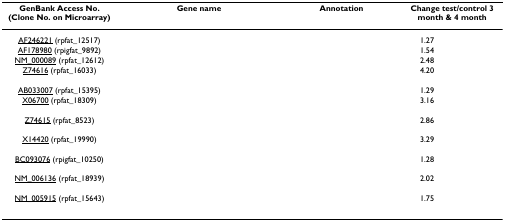
<table><thead><tr><td><b>GenBank Access No. (Clone No. on Microarray)</b></td><td><b>Gene name</b></td><td><b>Annotation</b></td><td colspan="2"><b>Change test/control 3 month &amp; 4 month</b></td></tr></thead><tbody><tr><td>AF246221 (rpfat_12517)</td><td>[EMPTY_CELL]</td><td>[EMPTY_CELL]</td><td>1.27</td><td>[EMPTY_CELL]</td></tr><tr><td>AF178980 (rpigfat_9892)</td><td>[EMPTY_CELL]</td><td>[EMPTY_CELL]</td><td>1.54</td><td>[EMPTY_CELL]</td></tr><tr><td>NM_000089 (rpfat_12612)</td><td>[EMPTY_CELL]</td><td>[EMPTY_CELL]</td><td>2.48</td><td>[EMPTY_CELL]</td></tr><tr><td>Z74616 (rpfat_16033)</td><td>[EMPTY_CELL]</td><td>[EMPTY_CELL]</td><td>4.20</td><td>[EMPTY_CELL]</td></tr><tr><td>AB033007 (rpfat_15395)</td><td>[EMPTY_CELL]</td><td>[EMPTY_CELL]</td><td>1.29</td><td>[EMPTY_CELL]</td></tr><tr><td>X06700 (rpfat_18309)</td><td>[EMPTY_CELL]</td><td>[EMPTY_CELL]</td><td>3.16</td><td>[EMPTY_CELL]</td></tr><tr><td>Z74615 (rpfat_8523)</td><td>[EMPTY_CELL]</td><td>[EMPTY_CELL]</td><td>2.86</td><td>[EMPTY_CELL]</td></tr><tr><td>X14420 (rpfat_19990)</td><td>[EMPTY_CELL]</td><td>[EMPTY_CELL]</td><td>3.29</td><td>[EMPTY_CELL]</td></tr><tr><td>BC093076 (rpigfat_10250)</td><td>[EMPTY_CELL]</td><td>[EMPTY_CELL]</td><td>1.28</td><td>[EMPTY_CELL]</td></tr><tr><td>NM_006136 (rpfat_18939)</td><td>[EMPTY_CELL]</td><td>[EMPTY_CELL]</td><td>2.02</td><td>[EMPTY_CELL]</td></tr><tr><td>NM_005915 (rpfat_15643)</td><td>[EMPTY_CELL]</td><td>[EMPTY_CELL]</td><td>1.75</td><td>[EMPTY_CELL]</td></tr></tbody></table>